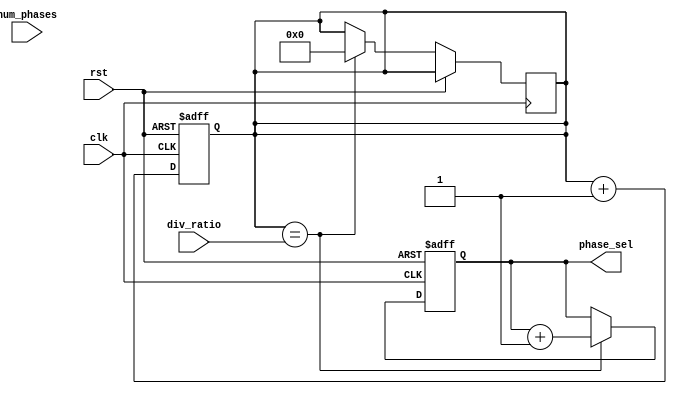
module multi_phase_clock_divider (
    input wire clk,
    input wire rst,
    input wire [7:0] num_phases,
    input wire [7:0] div_ratio,
    output reg [7:0] phase_sel
);

reg [7:0] counter = 8'h00;

always @(posedge clk or posedge rst) begin
    if (rst) begin
        counter <= 8'h00;
    end else begin
        counter <= counter + 1;
    end
end

always @(posedge clk or posedge rst) begin
    if (rst) begin
        phase_sel <= 8'h00;
    end else begin
        if (counter == div_ratio) begin
            phase_sel <= phase_sel + 1;
            counter <= 8'h00;
        end
    end
end

endmodule